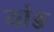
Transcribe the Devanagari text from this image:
यांङ